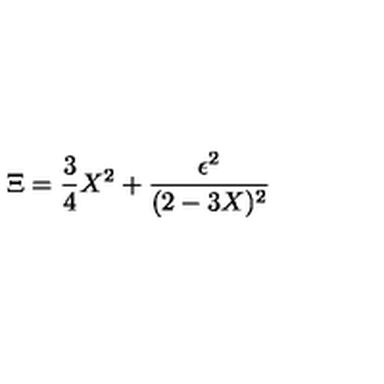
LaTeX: \Xi = { \frac { 3 } { 4 } } X ^ { 2 } + { \frac { \epsilon ^ { 2 } } { ( 2 - 3 X ) ^ { 2 } } }